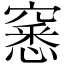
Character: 窸